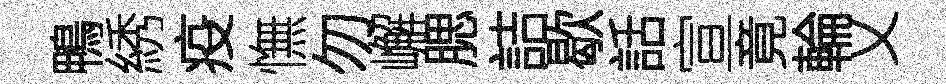
鴨綉疫憮勿嶰腮詰歇話宣竟輪乂